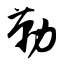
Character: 勒